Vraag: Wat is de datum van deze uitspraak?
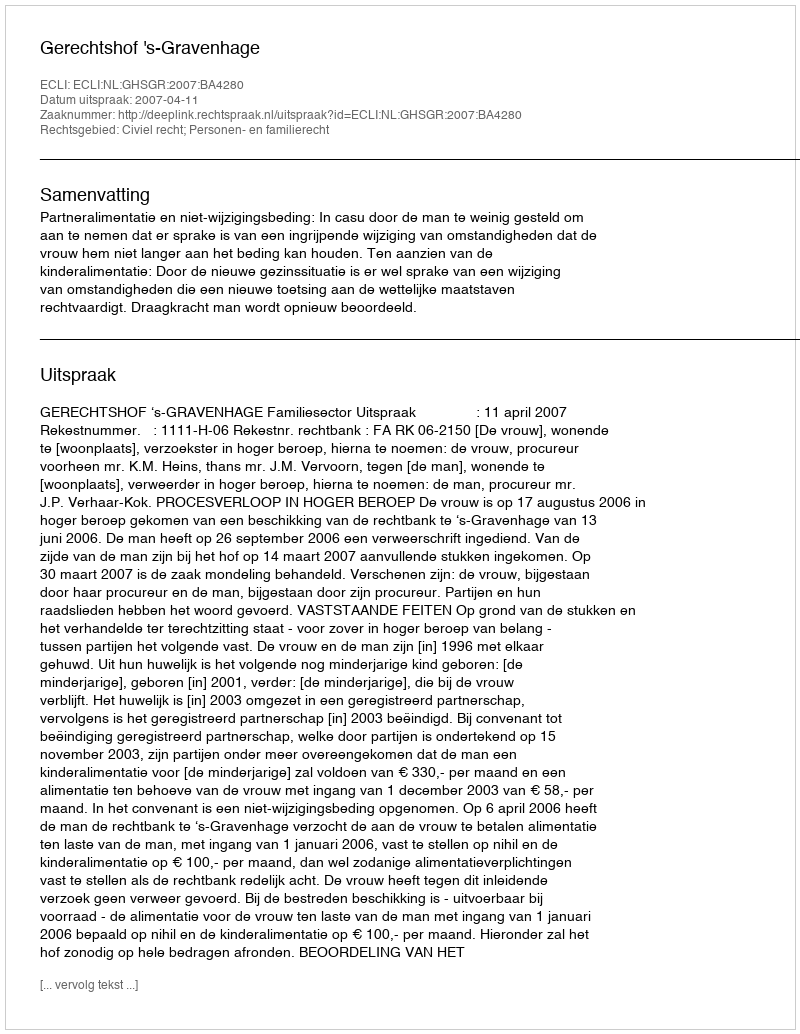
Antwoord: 2007-04-11